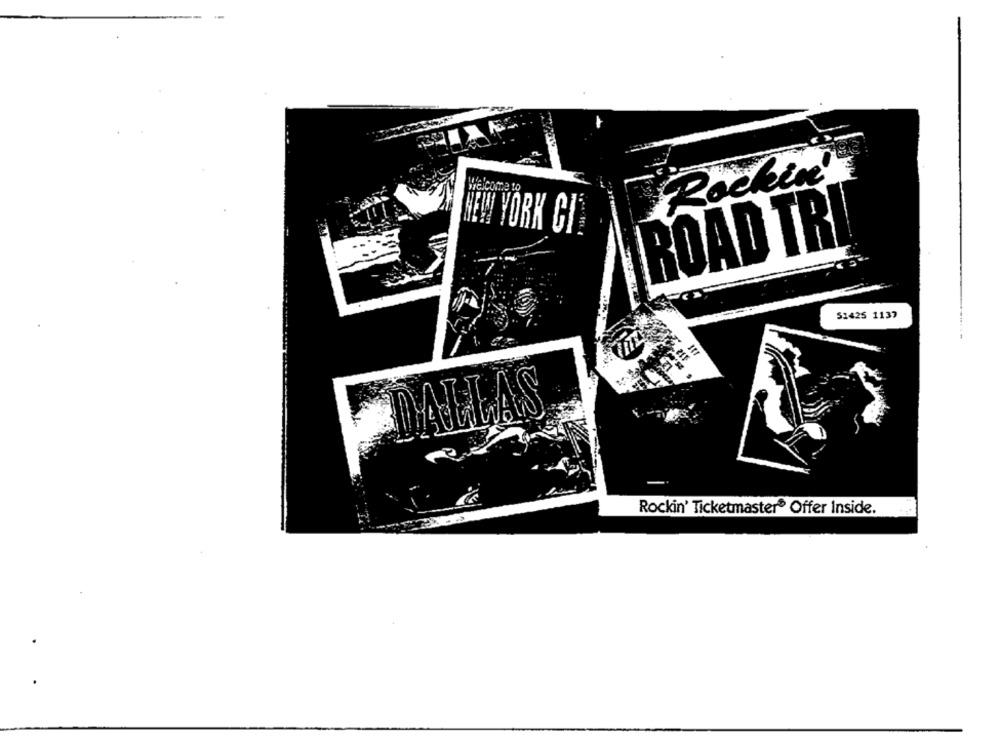
Rockin
Heicome to
NEW YORK GI'
ROAD TRI
51425 1137
DALLAS
Rockin' Ticketmaster® Offer Inside.